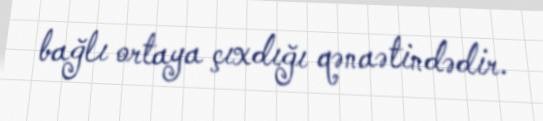
bağlı ortaya çıxdığı qənaətindədir.